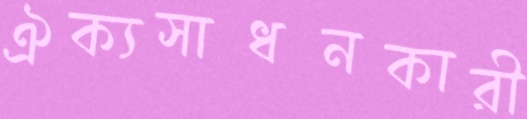
ঐক্যসাধনকারী